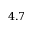
4 . 7